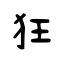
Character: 狂